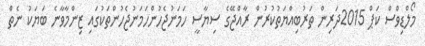
މޯލްޑިވްސް ކަޕް 2015ދަރިން ތަރުބިއްޔަތުކުރުން ރާއްޖޭގެ ސިޔާސީ ހަމަނުޖެހުންހަމަނުޖެހުންތަކުގައި ޒިންމާވާނެ ބަޔަކު ނެތް